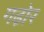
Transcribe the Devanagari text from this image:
गढ़ोर